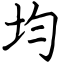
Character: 均